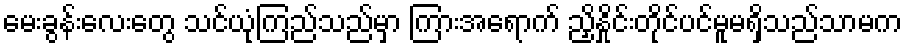
မေးခွန်းလေးတွေ သင်ယုံကြည်သည်မှာ ကြားအရောက် ညှိနှိုင်းတိုင်ပင်မူမရှိသည်သာမက